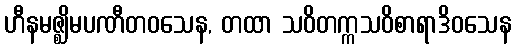
ဟီနမဇ္ဈိမပဏီတဝသေန, တထာ သဝိတက္ကသဝိစာရာဒိဝသေန